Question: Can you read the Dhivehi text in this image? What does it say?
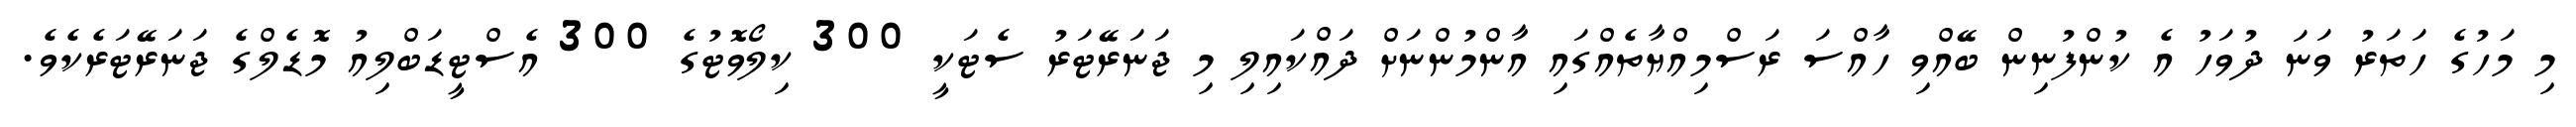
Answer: މި މަހުގެ ހަތަރު ވަނަ ދުވަހު އެ ކުންފުނިން ބޭއްވި ހާއްސަ ރަސްމިއްޔާތެއްގައި އާންމުންނަށް ދައްކައިލި މި ޖަނަރޭޓަރު ސެޓަކީ 300 ކިލޯވޮޓުގެ 300 އެސްޓީޑަބްލިއު މޮޑެލްގެ ޖަނަރޭޓަރެކެވެ.